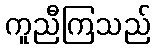
ကူညီကြသည်